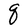
Character: q